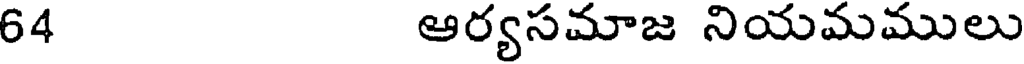
64 ఆర్యసమాజ నియమములు